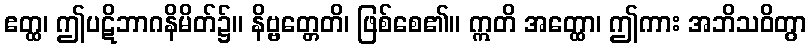
ဧတ္ထ၊ ဤပဋိဘာဂနိမိတ်၌။ နိဗ္ဗတ္တေတိ၊ ဖြစ်စေ၏။ ဣတိ အတ္ထော၊ ဤကား အဘိသဝိတွာ